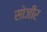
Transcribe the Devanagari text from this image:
सोजीर